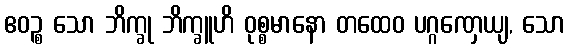
ဧဝဉ္စ သော ဘိက္ခု ဘိက္ခူဟိ ဝုစ္စမာနော တထေဝ ပဂ္ဂဏှေယျ, သော